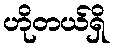
ဟိုတယ်ရှိ